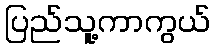
ပြည်သူ့ကာကွယ်